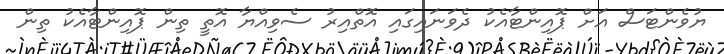
ޔުވެންޓަސް އަށް ޕޮއިންޓާއެކު ދެވަނައިގައި އޮތްއިރު ސެވިއްޔާ އޮތީ ތިން ޕޮއިންޓާއެކު ތިން